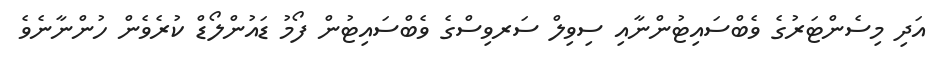
އަދި މިސެންޓަރުގެ ވެބްސައިޓުންނާއި ސިވިލް ސަރވިސްގެ ވެބްސައިޓުން ފޯމު ޑައުންލޯޑް ކުރެވެން ހުންނާނެވެ